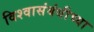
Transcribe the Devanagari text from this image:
विश्वासंबंधीच्या